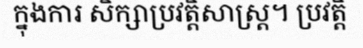
ក្នុងការ សិក្សាប្រវត្តិសាស្ត្រ។ ប្រវត្តិ